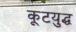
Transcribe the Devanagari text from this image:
कूटयुद्ध